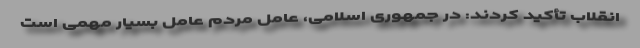
انقلاب تأکید کردند: در جمهوری اسلامی، عاملِ مردم عامل بسیار مهمی است